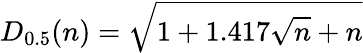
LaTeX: D_{0.5}(n)=\sqrt{1+1.417\sqrt{n}+n}